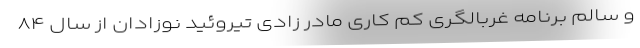
و سالم برنامه غربالگری کم کاری مادر زادی تیروئید نوزادان از سال ۸۴